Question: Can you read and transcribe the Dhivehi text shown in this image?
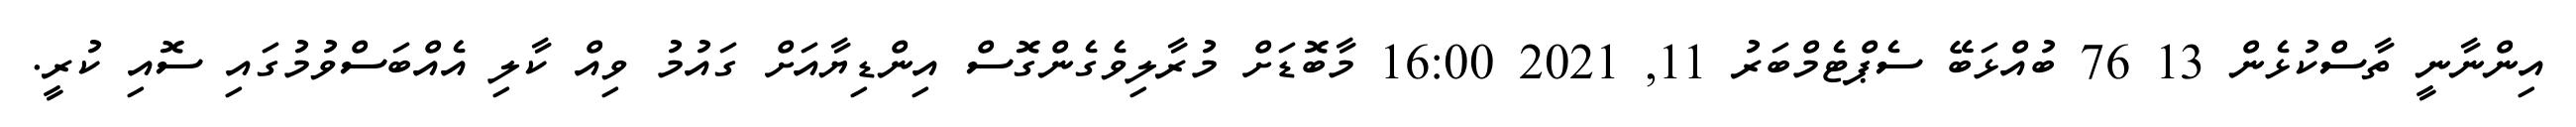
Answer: އިންނާނީ ތާސްކުޅެން 13 76 ބުއްޅަބޭ ސެޕްޓެމްބަރު 11, 2021 16:00 މާބޮޑަށް މުރާލިވެގެންގޮސް އިންޑިޔާއަށް ގައުމު ވިއް ކާލި އެއްބަސްވުމުގައި ސޮއި ކުރީ.